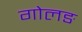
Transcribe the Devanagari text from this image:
गोलङ